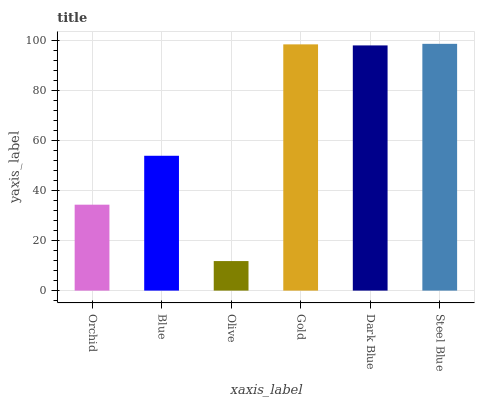
| xaxis_label | bars |
 | --- | --- |
 | Orchid | 34.3 |
 | Blue | 53.8 |
 | Olive | 11.8 |
 | Gold | 98.3 |
 | Dark Blue | 97.9 |
 | Steel Blue | 98.5 |